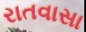
રાતવાસા